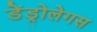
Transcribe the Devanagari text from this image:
डेंड्रोलेगस